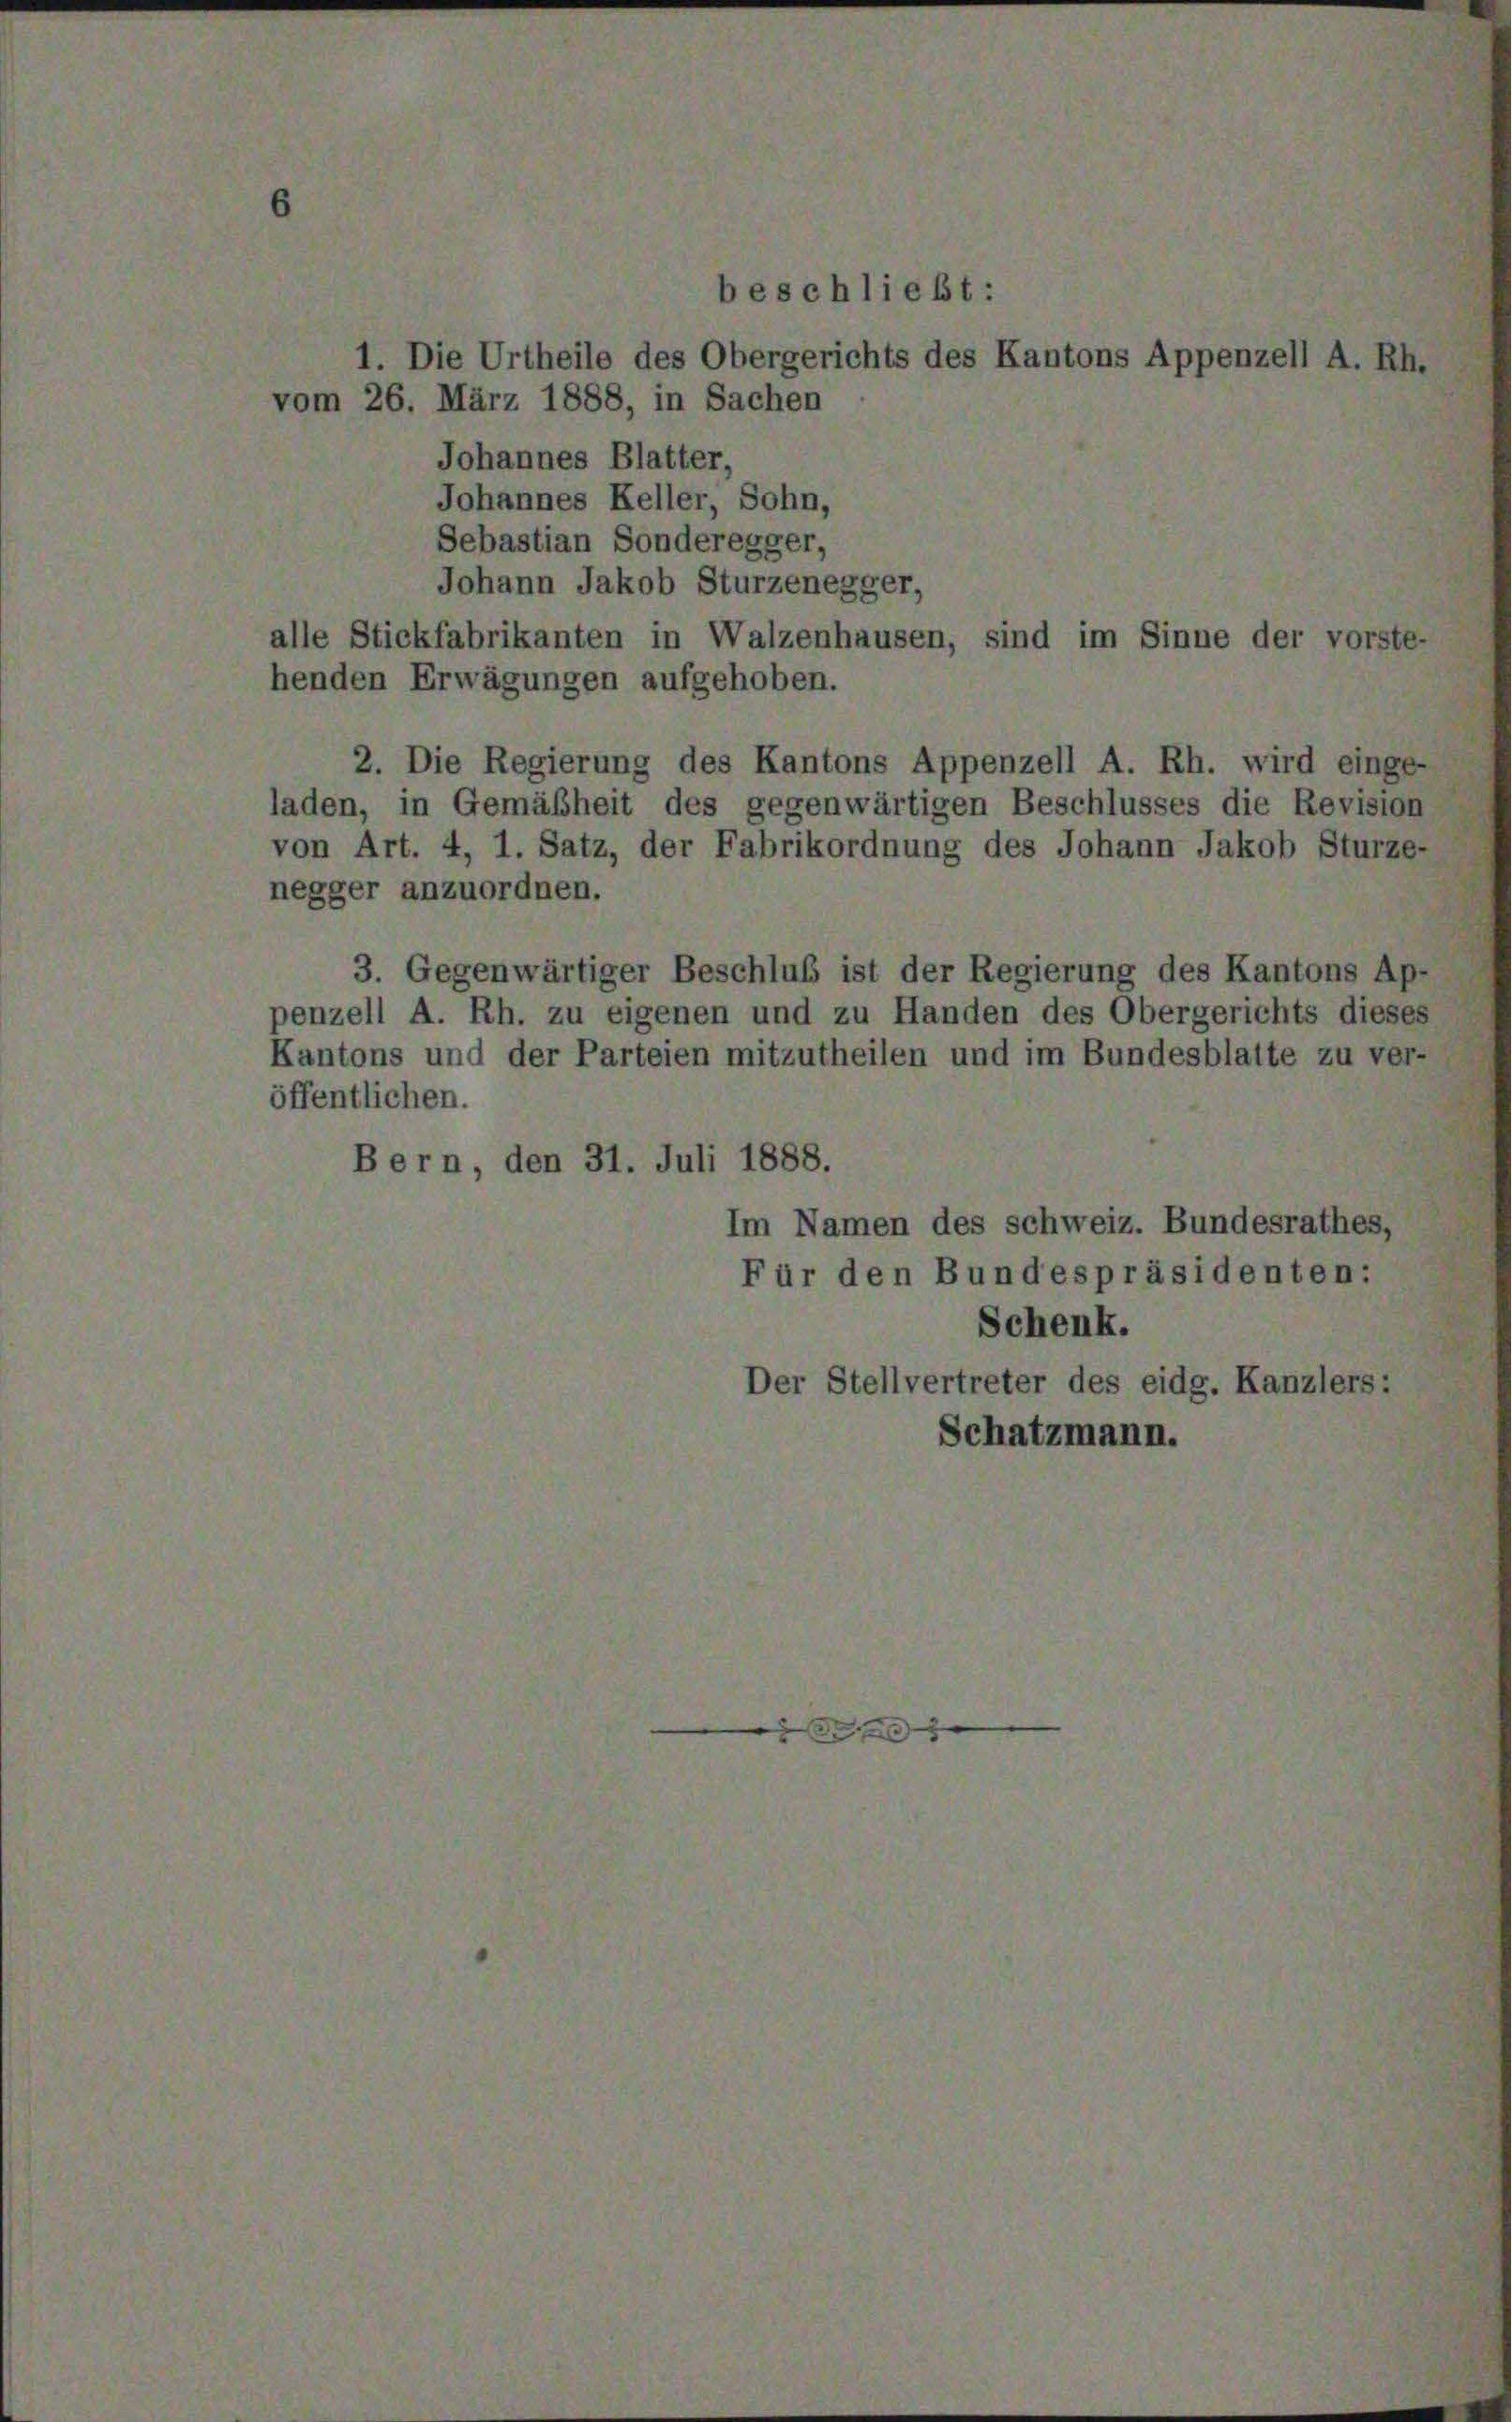
beschließt:
1. Die Urtheile des Obergerichts des Kantons Appenzell A. R.
vom 26. März 1888, in Sachen

Johannes Blatter,
Johannes Keller, Sohn,
Sebastian Sonderegger,
Johann Jakob Sturzenegger,
alle Stickfabrikanten in Walzenhausen, sind im Sinne der vo
henden Erwägungen aufgehoben.
2. Die Regierung des Kantons Appenzell A. Rh. wird einge-
laden, in Gemäßheit des gegenwärtigen Beschlusses die Revision
von Art. 4, 1. Satz, der Fabrikordnung des Johann Jakob Sturze-
negger anzuordnen.
3. Gegenwärtiger Beschluß ist der Regierung des Kantons Ap-
penzell A. Rh. zu eigenen und zu Handen des Obergerichts dieses
Kantons und der Parteien mitzutheilen und im Bundesblatte zu ver-
öffentlichen.
Bern, den 31. Juli 1888.
Im Namen des Schweiz. Bundesrathes,
Für den Bundespräsidenten:
Schenk.
Der Stellvertreter des eidg. Kanzlers:
Schatzmann.